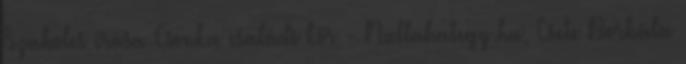
Szabolcs írása Csonka családi kör - Nullahategy.hu, Csete Borbála